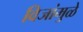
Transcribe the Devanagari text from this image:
विजांमुळे